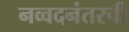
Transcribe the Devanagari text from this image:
नव्वदनंतरची